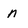
Character: n